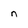
Character: n